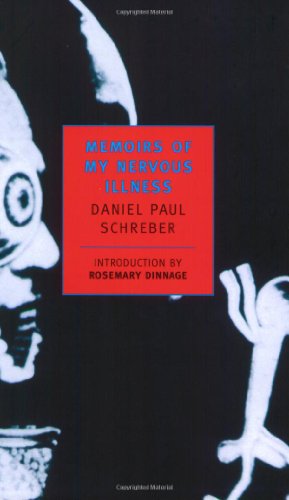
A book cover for Memoirs of My Nervous Illness (New York Review Books Classics); Daniel Paul Schreber; Biographies & Memoirs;